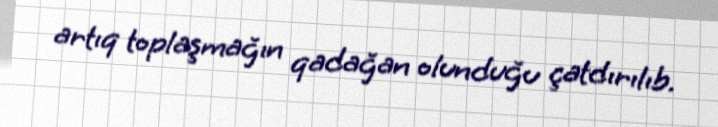
artıq toplaşmağın qadağan olunduğu çatdırılıb.